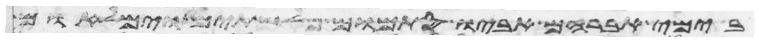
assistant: בימי אברהם אביו סתמום פלשתים וימלאום